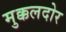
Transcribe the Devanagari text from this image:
मुक्कलदोर